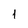
Character: 1